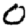
Digit: 0